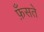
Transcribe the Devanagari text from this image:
फ़ँसते